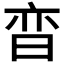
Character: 𬁢